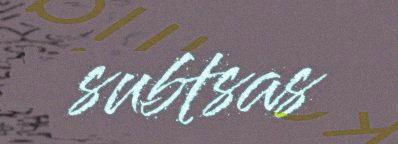
subtsas